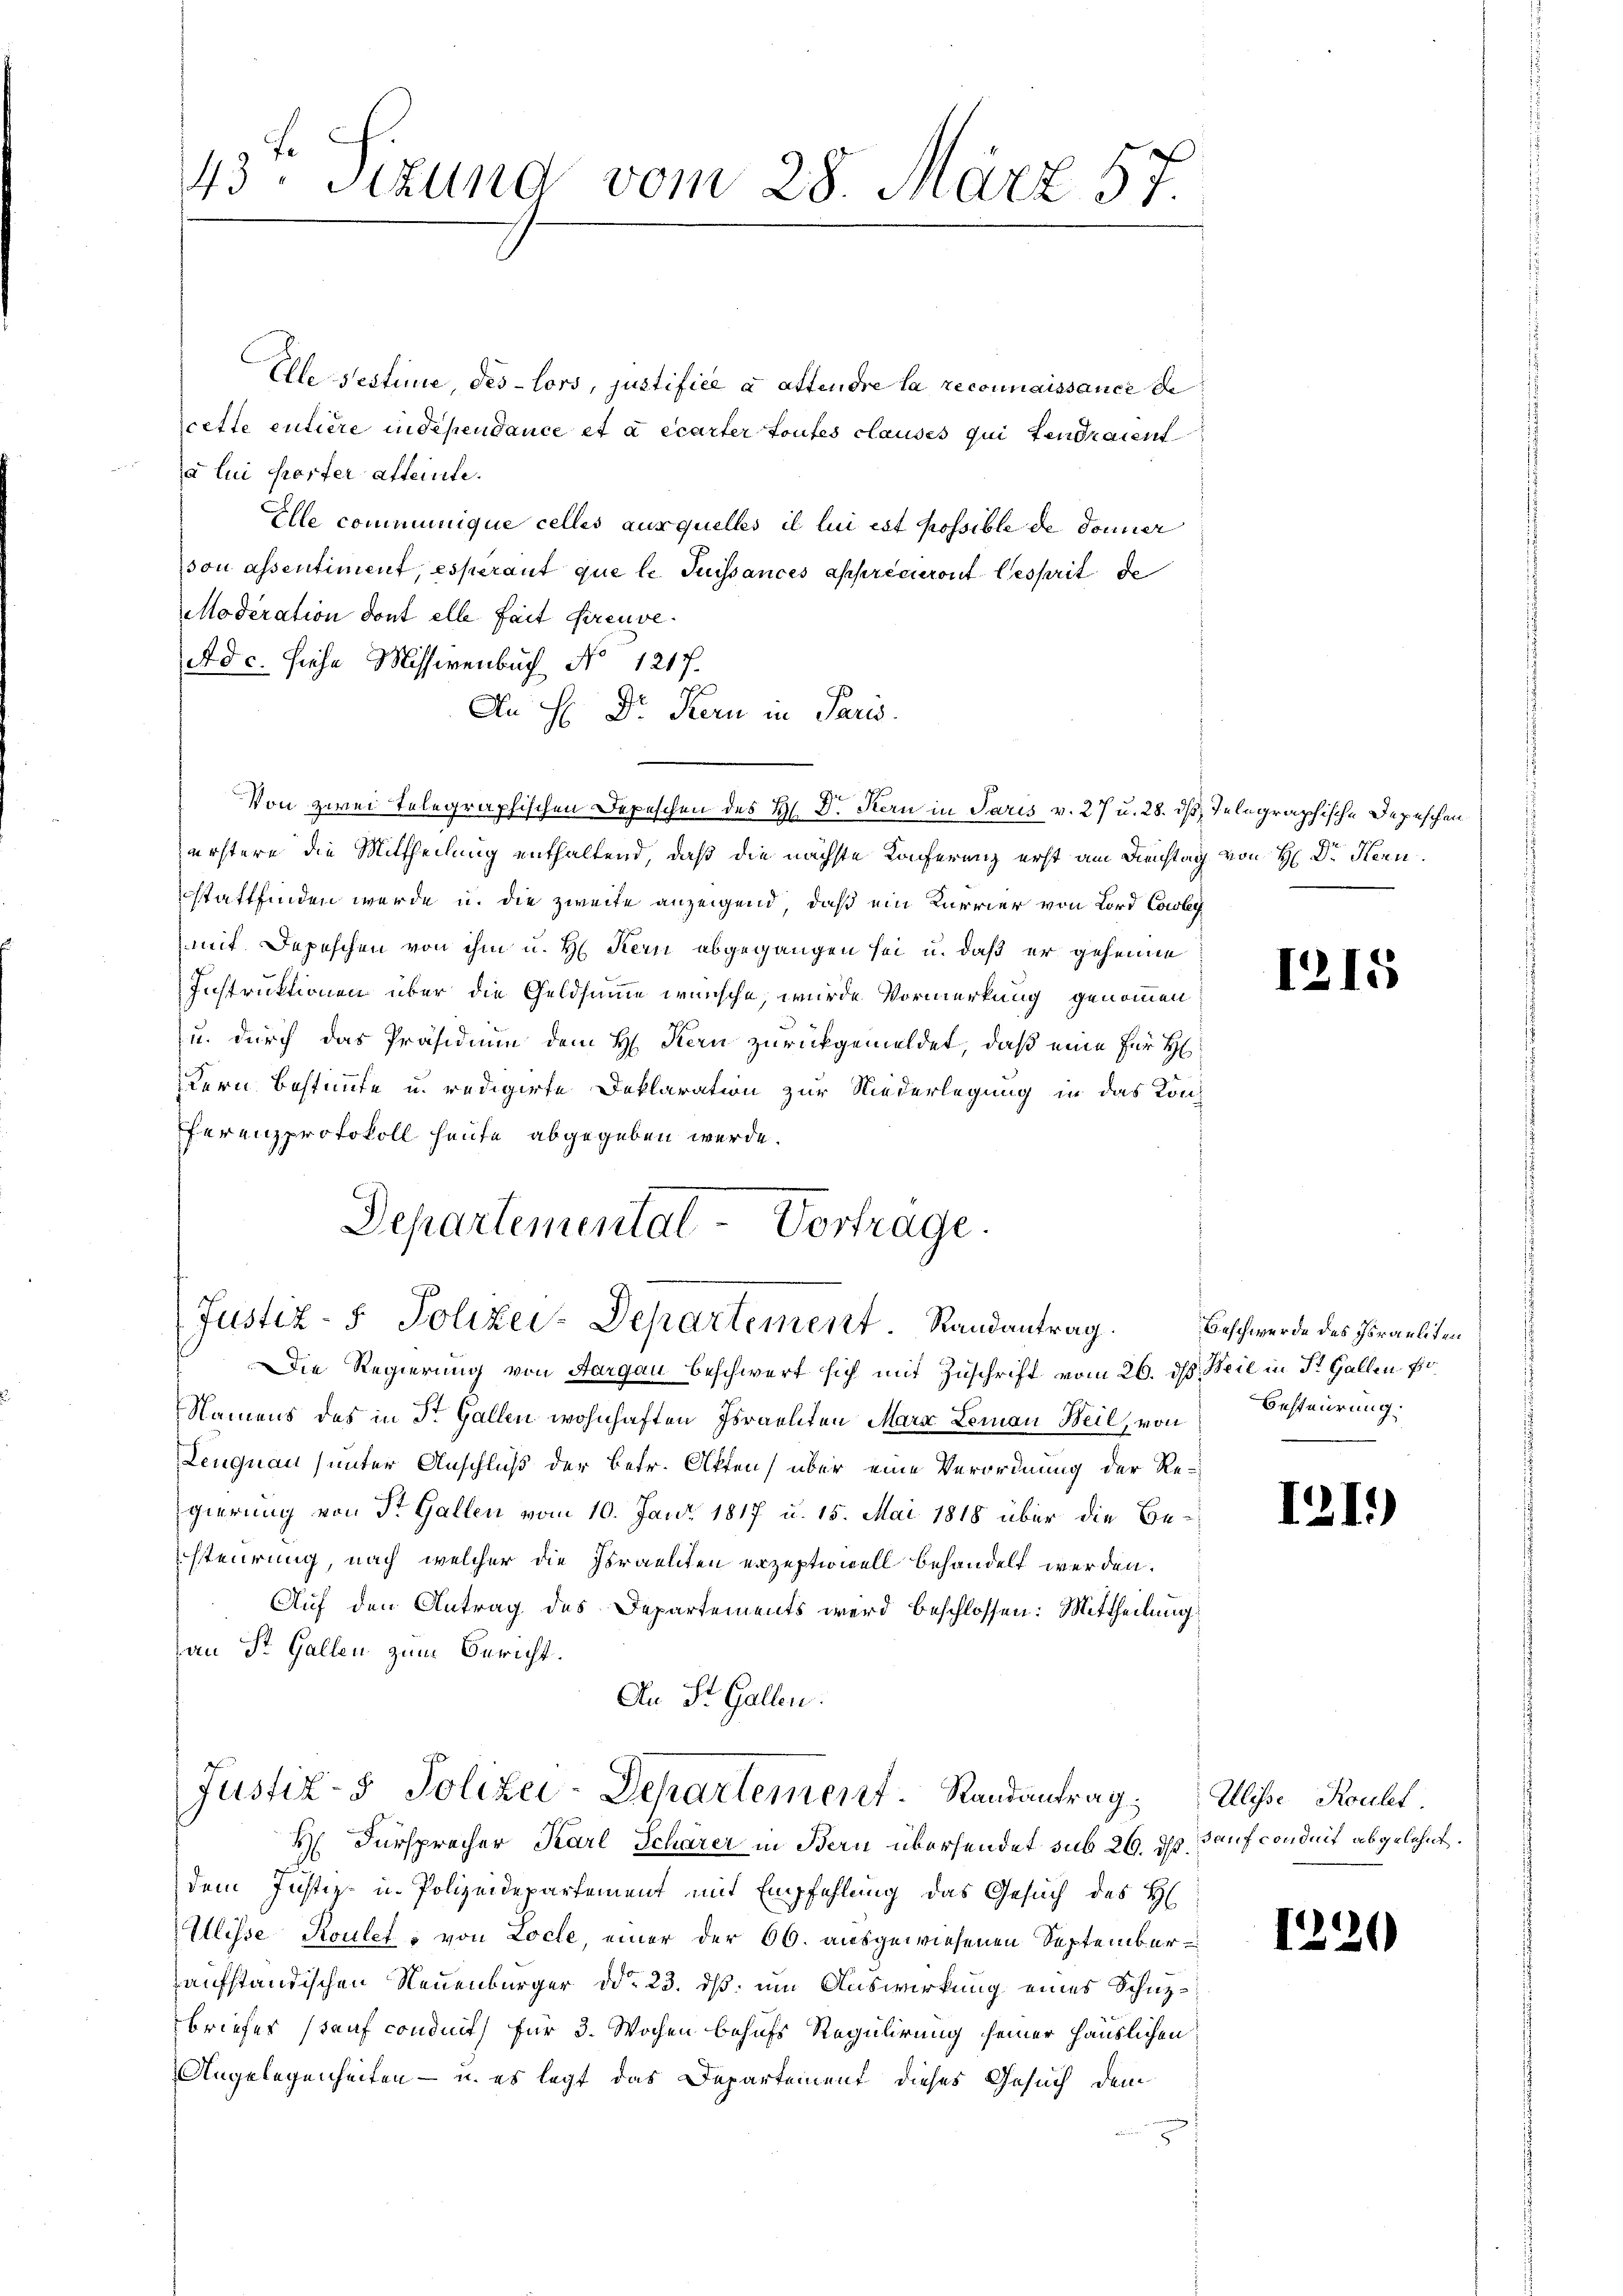
Elle sestime, des lors, justifice a attendre la reconnaissance de
cette entire in dependance et a écarter toutes clauses qui tendraient
a lui porter affernte.
Elle communique celles ausquelles il lui est possible de donner
sou assentiment, esperant que le Suissances appréciront besprit de
Moderation dont elle fait freuve
Ad c. siehe Missivenbuch No 1217.
An H: Dr. Kern in Paris.
Von zwei Telegraphischen Depeschen des H. Dr. Kern in Paris v. 27 u. 28. ds Telegraphische Depeschen
erstere die Mittheilung enthaltend, daß die nächste Konferenz erst am Dienstag von H: Dr. Hern.
stattfinden werde u. die zweite anzeigend, daß ein Karrier von Lord Cowley
mit. Depeschen von ihm u. H. Kein abgegangen sei u. daß er geheime
Instruktionen über die Geldsumme wünsche, werde Vormerkung genommen
u. durch das Präsidium dem H. Kern zurückgemeldet, daß eine für H
Kern Bestimmte u. redigirte Deklaration zur Niederlegung in das Konfferenzprotokoll heute abgegeben werde.
Departemental-Vortrage.
(Justiz- 5. Polizei-Departement. Randantrag.
Die Regierung von Aargau beschwert sich mit Zuschrift vom 26. ds. Beil in St. Gallen po
Namens des in Dr. Gallen wohnhaften Israeliten Marx Leman Weil, von
Lengnau (unter Anschluß der betr. Akten) über eine Verordnung der Regierung von St. Gallen vom 10. Jani 1817 u. 15. Mai 1818 über die Be-
steurung, nach welcher die Israelten erzeptionell behandelt werden.
Auf den Antrag des Departements wird beschlossen: Mittheilung
an St. Gallen zum Bericht.
An St. Gallen.
Justiz- & Polizei-Departement. Randantrag: Ulisse Roult.
2) Fürsprecher Karl Scharer in Bern übersendet sub 26. ds. auf conduit abgelehnt.
dem Justiz- u. Polizeidepartement mit Empfehlung das Gesuch des H
Ulisse Roulet - von Locle, einer der 66. ausgewiesenen Septemberaufständischen Neuenburger ddo 23. ds. um Auswirkung eines Schuzbriefes stauf conduits für 3. Wochen behufs Regulirung seiner Häuslichen
Angelegenheiten - u. es legt das Departement dieses Gesuch dem

43ten Sizung vom 28. März 57.

1215

Beschwerde des Israeliten
Besteurung.

121.)

1220